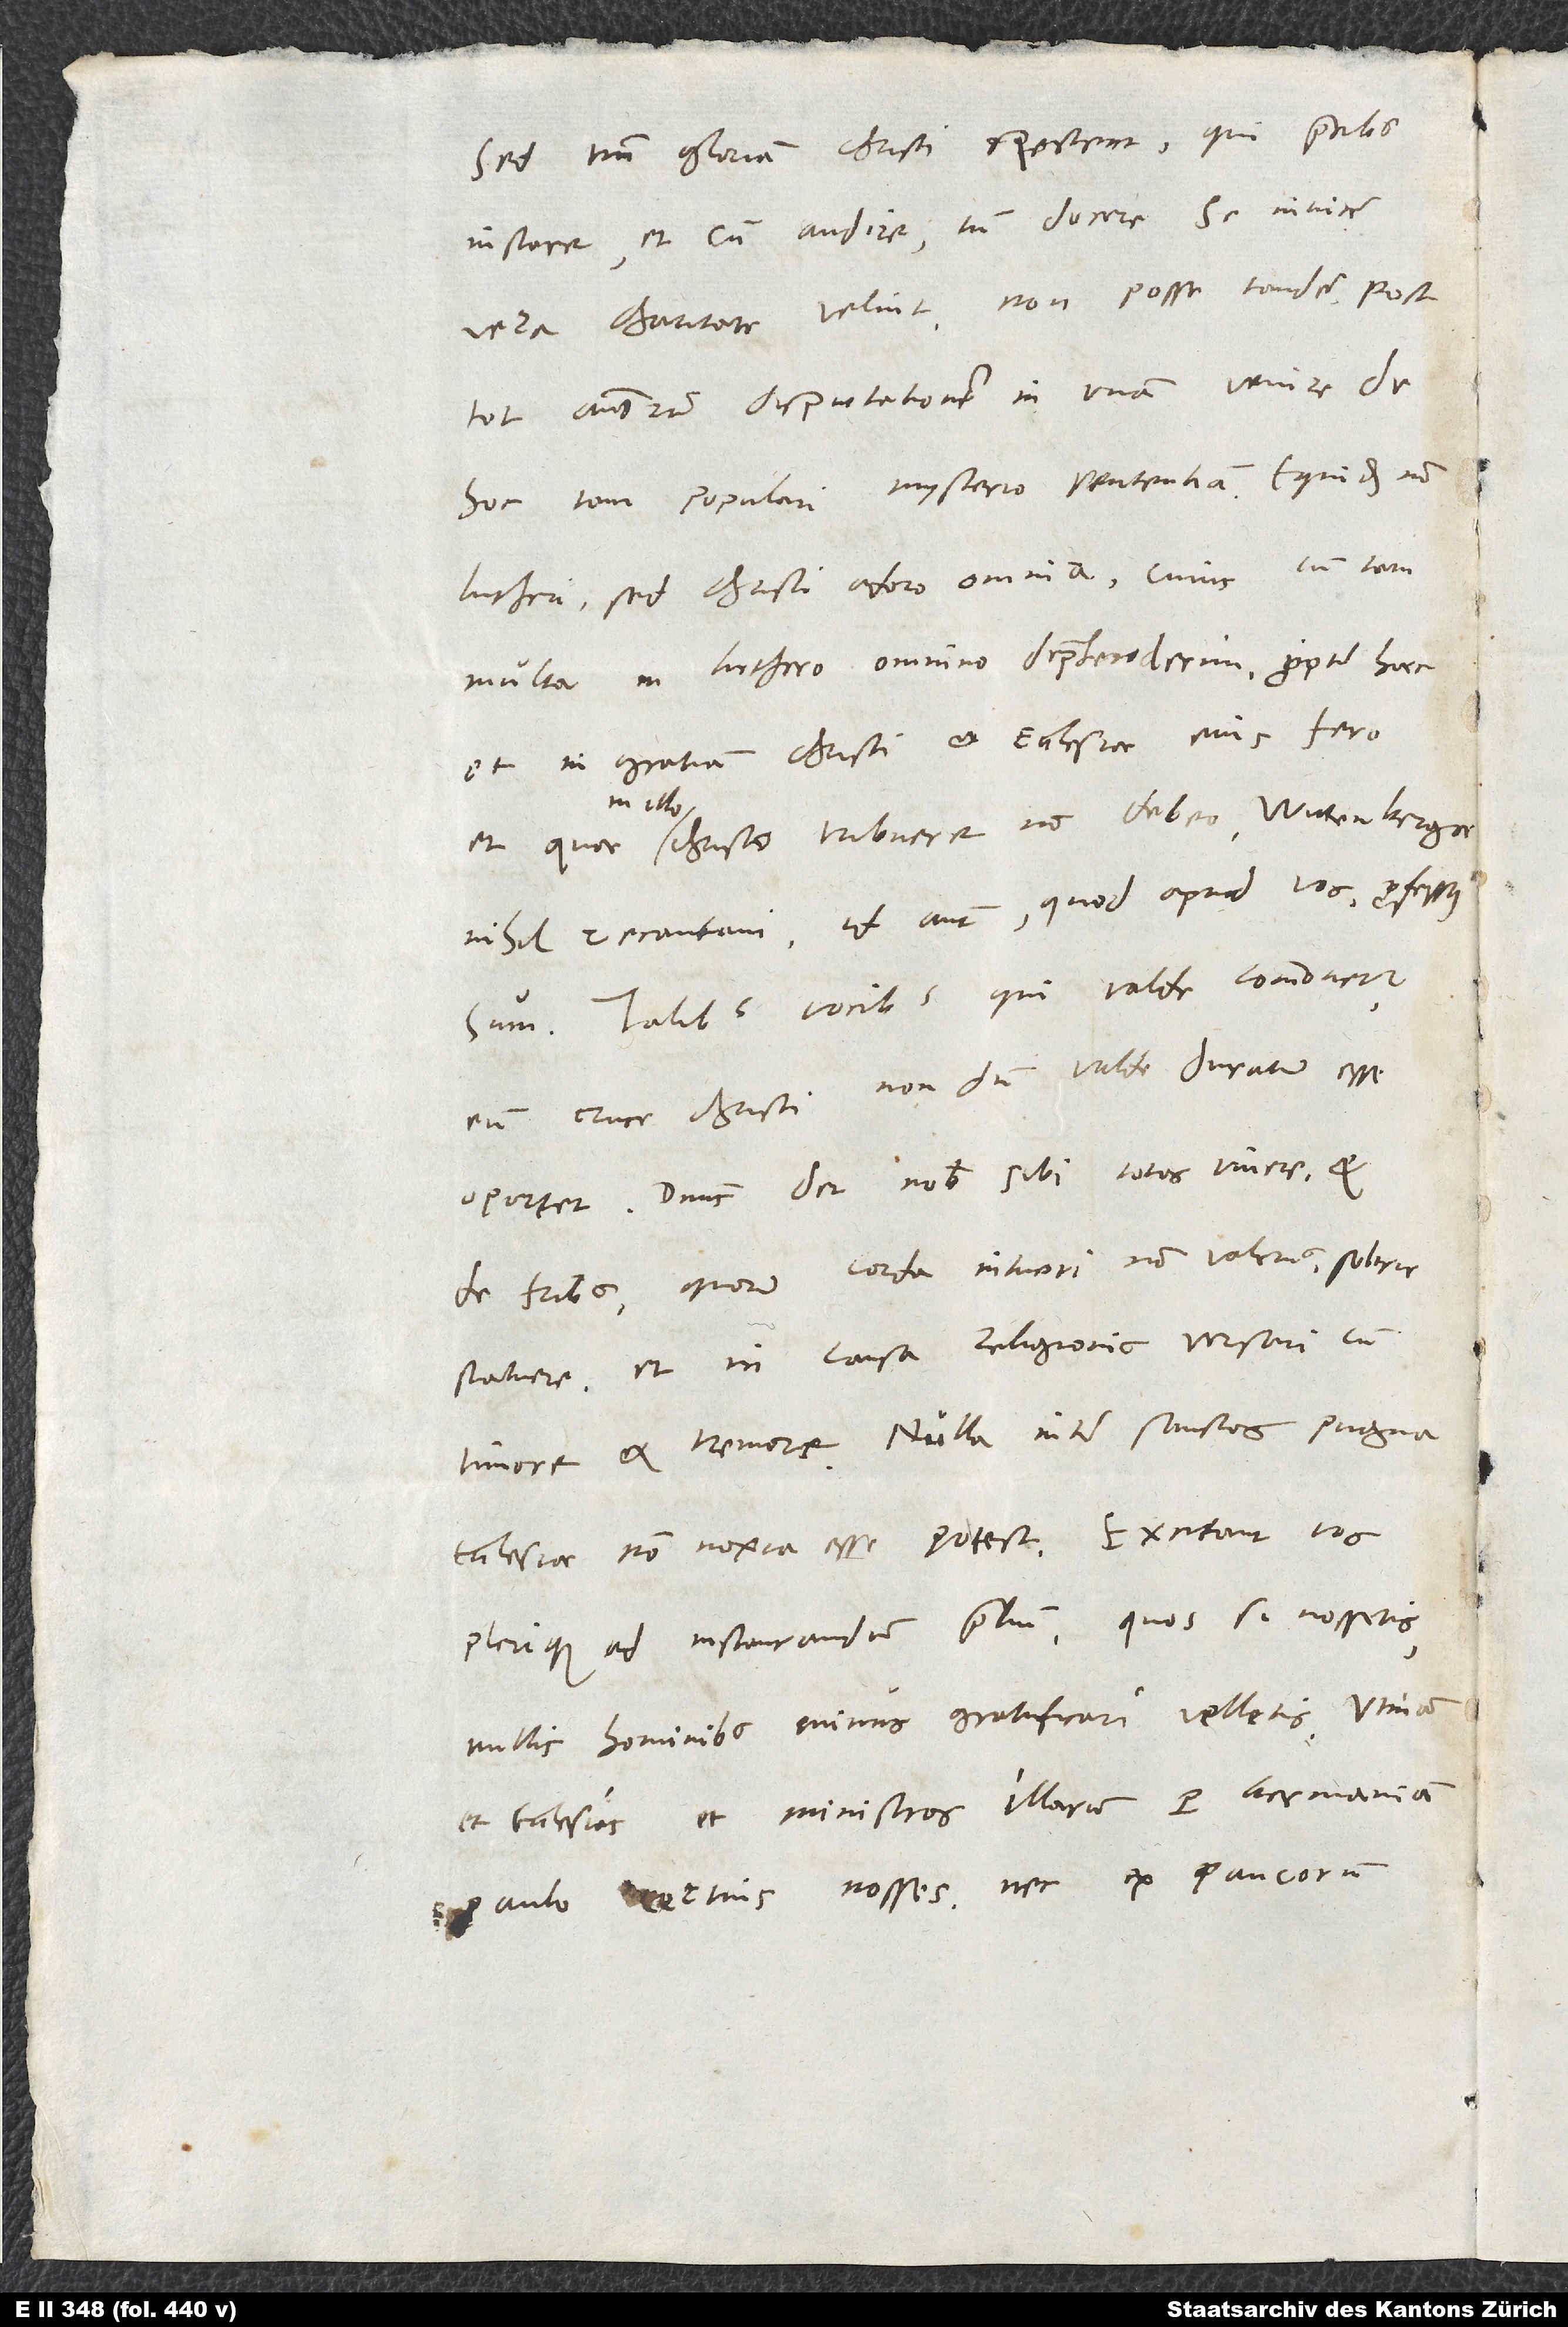
sed tantum gloriam Christi spectent, qui precibus
instare et cum audire tum docere se invicem
vera charitate velint, non posse tandem post
tot annorum disputationem in unam venire de
hoc tam populari mysterio sententiam? Equidem non
Lutheri, sed Christi adoro omnia; cuius cum tam
multa in Luthero omnino deprehenderim, propter haec
et in gratiam Christi et ecclesiae eius fero
nihil recantavi; id autem, quod apud vos, professus
sum. Talibus vocibus qui valde commovetur,
eum cruce Christi nondum valde duratum esse
oportet. Dominus det nobis sibi totos vivere, et
de fratribus, quorum corda intueri non valemus, sobrie
statuere, et in causa religionis versari cum
timore et tremore. Nulla inter sanctos pugna
ecclesiae non noxia esse potest. Excitant vos
plerique ad instaurandum proelium; quos si nossetis,
nullis hominibus minus gratificari velletis. Utinam
et ecclesias et ministros illarum per Germaniam
paulo certius nosses nec ex paucorum